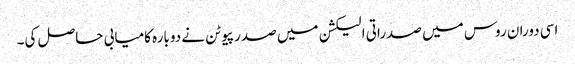
اسی دوران روس میں صدراتی الیکشن میں صدر پیوٹن نے دوبارہ کامیابی حاصل کی۔